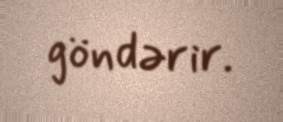
göndərir.